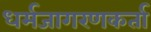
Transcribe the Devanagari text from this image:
धर्मजागरणकर्ता